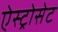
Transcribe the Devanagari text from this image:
ऐस्ट्रोसेट